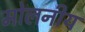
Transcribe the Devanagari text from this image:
मोलनीय